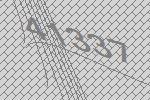
41337